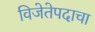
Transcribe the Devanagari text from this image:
विजेतेपदाचा